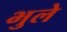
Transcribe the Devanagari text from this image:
भुले